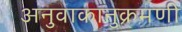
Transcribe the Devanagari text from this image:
अनुवाकानुक्रमणी